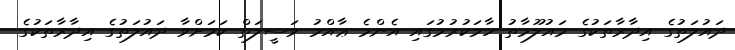
ދައުލަތުގެ އިދާރާތަކުގެ މައުލޫމާތު ހާމަކުރުމުގައި އެންމެ ޢާއްމު ވަސީލަތް ކަމަށްވާ ދައުލަތުގެ އިދާރާތަކުގެ